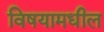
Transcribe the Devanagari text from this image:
विषयामधील